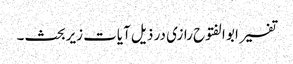
تفسیر ابو الفتوح رازی در ذیل آیات زیربحث ۔